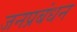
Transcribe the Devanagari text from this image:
जनप्रबंधन